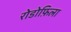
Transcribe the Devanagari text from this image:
रोडोफ़िला